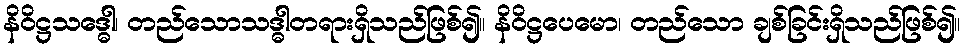
နိဝိဋ္ဌသဒ္ဓေါ၊ တည်သောသဒ္ဓါတရားရှိသည်ဖြစ်၍။ နိဝိဋ္ဌပေမော၊ တည်သော ချစ်ခြင်းရှိသည်ဖြစ်၍။